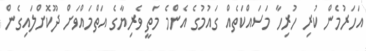
އަހަރުމެން ކުރި ހުރިހާ މަސައްކަތެއް ގައުމުގެ އެންމެ މަތީ ވެރިޔާގެ އަތްމައްވަށް ދޫކޮށްލައިގެން